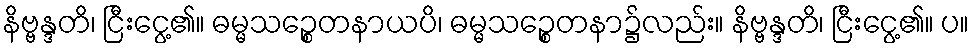
နိဗ္ဗန္ဒတိ၊ ငြီးငွေ့၏။ ဓမ္မသဉ္စေတနာယပိ၊ ဓမ္မသဉ္စေတနာ၌လည်း။ နိဗ္ဗန္ဒတိ၊ ငြီးငွေ့၏။ ပ။